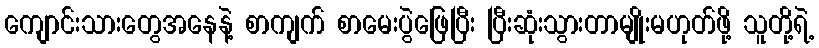
ကျောင်းသားတွေအနေနဲ့ စာကျက် စာမေးပွဲဖြေပြီး ပြီးဆုံးသွားတာမျိုးမဟုတ်ဖို့ သူတို့ရဲ့